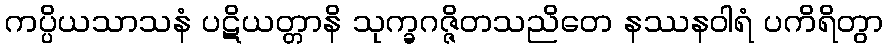
ကပ္ပိယသာသနံ ပဋိယတ္တာနိ သုက္ခဂဇ္ဇိတသညိတေ နဿနဝါရံ ပကိရိတွာ